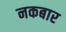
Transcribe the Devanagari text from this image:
नकबार